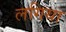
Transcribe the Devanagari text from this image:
लगिया